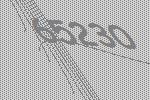
65230